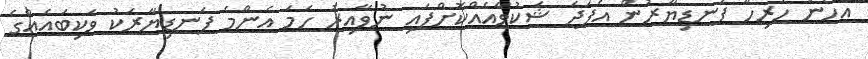
އެހެން ހުރިހާ ފަނޑިޔާރުން އެފަދަ ޝަކުވާއެއްކޮށްފައި ނުވާއިރު ހަމަ އެންމެ ފަނޑިޔާރަކު ވަކިބައެއްގެ